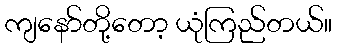
ကျနော်တို့တော့ ယုံကြည်တယ်။